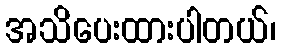
အသိပေးထားပါတယ်၊